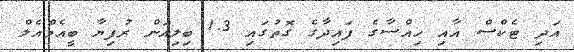
އަދި ޓެކްސް އާއި ހިއްސާގެ ފައިދާގެ ގޮތުގައި 1.3 ބިލިއަން ރުފިޔާ ބީއެމްއެލް